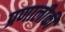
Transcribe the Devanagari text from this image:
प्रणालीकी